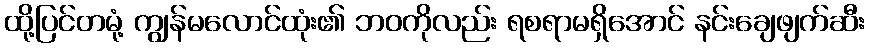
ထို့ပြင်တမုံ့ ကျွန်မလောင်ထုံး၏ ဘဝကိုလည်း ရစရာမရှိအောင် နင်းချေဖျက်ဆီး